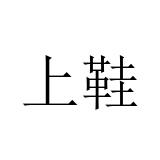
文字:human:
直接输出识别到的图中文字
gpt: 上鞋